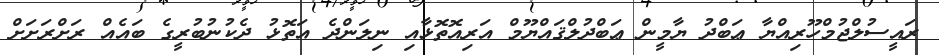
ރައީސުލްޖުމްހޫރިއްޔާ ޢަބްދު ޔާމީން ޢަބްދުލްޤައްޔޫމް އަރިއޮތޮޅާއި ނިލަންދެ އަތޮޅު ދެކުނުބުރީގެ ބައެއް ރަށްރަށަށް